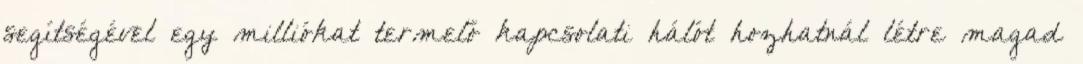
segítségével egy milliókat termelő kapcsolati hálót hozhatnál létre magad